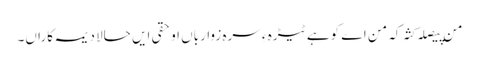
من پیصلہ کثہ کہ من اے کوہے ٹیڑہ ءِ سرہ زوارباں او حقی ایں حالا دیمہ کاراں۔